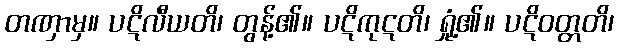
တဏှာမှ။ ပဋိလီယတိ၊ တွန့်၏။ ပဋိကုဋတိ၊ ရှုံ့၏။ ပဋိဝတ္တတိ၊